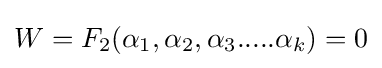
W=F_{2}(\alpha _{1},\alpha _{2},\alpha _{3}.....\alpha _{k})=0